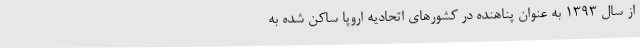
از سال ۱۳۹۳ به عنوان پناهنده در کشور‌های اتحادیه اروپا ساکن شده به